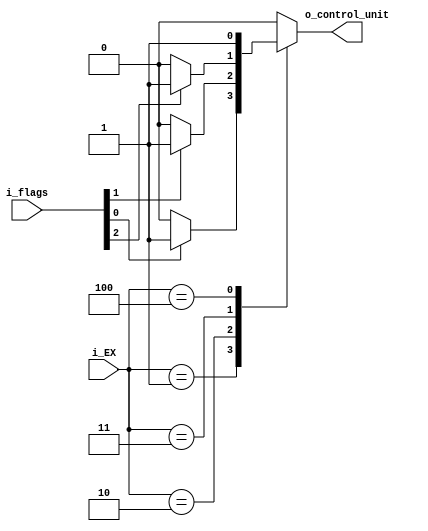
module HDU_CONTROL_HAZARDS (
    i_EX, 
    i_flags,
    o_control_unit
    
);

input [2:0]   i_EX; // 3 bits to detect which case in the list below
input [3:0]   i_flags; // 0 ==> zero flag // 1 ==> negative flage // 2 ==> carry flag
output reg    o_control_unit;

// Not any of these instructions  case 0

// JZ Rdst          case 1
// JN Rdst          case 2
// JC Rdst          case 3

// JMP Rdst         case 4
// CALL Rdst        case 4
// RET              case 4
// INT index        case 4
// RTI              case 4

always @(*) begin
    
    o_control_unit = 1'b0;   
    case (i_EX)
        3'b001:
            begin
                if (i_flags[0] == 1)
                    o_control_unit = 1'b1; 
            end
        3'b010:
            begin
                if (i_flags[1] == 1)
                    o_control_unit = 1'b1; 
            end
        3'b011:
            begin
                if (i_flags[2] == 1)
                    o_control_unit = 1'b1; 
            end
        3'b100: o_control_unit = 1'b1; 
        default : o_control_unit = 1'b0; 
    endcase
end


endmodule